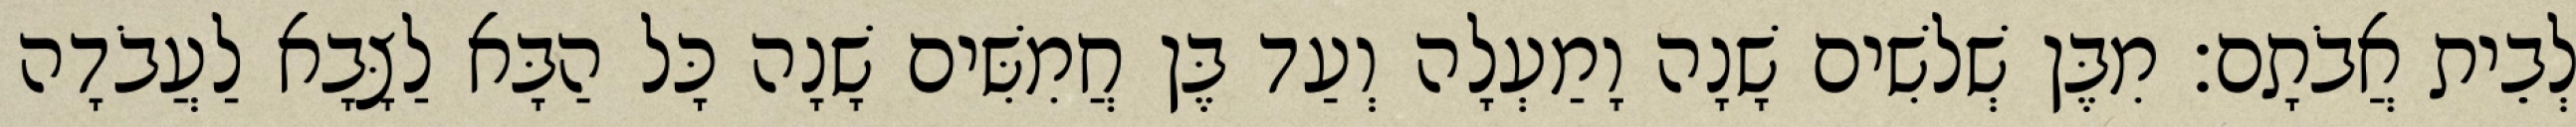
לְבֵית אֲבֹתָם׃ מִבֶּן שְׁלשִׁים שָׁנָה וָמַעְלָה וְעַד בֶּן חֲמִשִּׁים שָׁנָה כָּל הַבָּא לַצָּבָא לַעֲבֹדָה